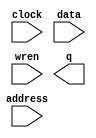
// megafunction wizard: %RAM: 1-PORT%VBB%
// GENERATION: STANDARD
// VERSION: WM1.0
// MODULE: altsyncram 

// ============================================================
// Megafunction Name(s):
// 			altsyncram
//
// Simulation Library Files(s):
// 			altera_mf
// ============================================================
// ************************************************************
// THIS IS A WIZARD-GENERATED FILE. DO NOT EDIT THIS FILE!
//
// 13.1.0 Build 162 10/23/2013 SJ Full Version
// ************************************************************

//Copyright (C) 1991-2013 Altera Corporation
//Your use of Altera Corporation's design tools, logic functions 
//and other software and tools, and its AMPP partner logic 
//functions, and any output files from any of the foregoing 
//(including device programming or simulation files), and any 
//associated documentation or information are expressly subject 
//to the terms and conditions of the Altera Program License 
//Subscription Agreement, Altera MegaCore Function License 
//Agreement, or other applicable license agreement, including, 
//without limitation, that your use is for the sole purpose of 
//programming logic devices manufactured by Altera and sold by 
//Altera or its authorized distributors.  Please refer to the 
//applicable agreement for further details.

module lpm_ram_dq_dram (
	address,
	clock,
	data,
	wren,
	q);

	input	[4:0]  address;
	input	  clock;
	input	[31:0]  data;
	input	  wren;
	output	[31:0]  q;
`ifndef ALTERA_RESERVED_QIS
// synopsys translate_off
`endif
	tri1	  clock;
`ifndef ALTERA_RESERVED_QIS
// synopsys translate_on
`endif

endmodule

// ============================================================
// CNX file retrieval info
// ============================================================
// Retrieval info: PRIVATE: ADDRESSSTALL_A NUMERIC "0"
// Retrieval info: PRIVATE: AclrAddr NUMERIC "0"
// Retrieval info: PRIVATE: AclrByte NUMERIC "0"
// Retrieval info: PRIVATE: AclrData NUMERIC "0"
// Retrieval info: PRIVATE: AclrOutput NUMERIC "0"
// Retrieval info: PRIVATE: BYTE_ENABLE NUMERIC "0"
// Retrieval info: PRIVATE: BYTE_SIZE NUMERIC "8"
// Retrieval info: PRIVATE: BlankMemory NUMERIC "0"
// Retrieval info: PRIVATE: CLOCK_ENABLE_INPUT_A NUMERIC "0"
// Retrieval info: PRIVATE: CLOCK_ENABLE_OUTPUT_A NUMERIC "0"
// Retrieval info: PRIVATE: Clken NUMERIC "0"
// Retrieval info: PRIVATE: DataBusSeparated NUMERIC "1"
// Retrieval info: PRIVATE: IMPLEMENT_IN_LES NUMERIC "0"
// Retrieval info: PRIVATE: INIT_FILE_LAYOUT STRING "PORT_A"
// Retrieval info: PRIVATE: INIT_TO_SIM_X NUMERIC "0"
// Retrieval info: PRIVATE: INTENDED_DEVICE_FAMILY STRING "Cyclone V"
// Retrieval info: PRIVATE: JTAG_ENABLED NUMERIC "0"
// Retrieval info: PRIVATE: JTAG_ID STRING "NONE"
// Retrieval info: PRIVATE: MAXIMUM_DEPTH NUMERIC "0"
// Retrieval info: PRIVATE: MIFfilename STRING "sc_datamem.mif"
// Retrieval info: PRIVATE: NUMWORDS_A NUMERIC "32"
// Retrieval info: PRIVATE: RAM_BLOCK_TYPE NUMERIC "0"
// Retrieval info: PRIVATE: READ_DURING_WRITE_MODE_PORT_A NUMERIC "3"
// Retrieval info: PRIVATE: RegAddr NUMERIC "1"
// Retrieval info: PRIVATE: RegData NUMERIC "1"
// Retrieval info: PRIVATE: RegOutput NUMERIC "0"
// Retrieval info: PRIVATE: SYNTH_WRAPPER_GEN_POSTFIX STRING "0"
// Retrieval info: PRIVATE: SingleClock NUMERIC "1"
// Retrieval info: PRIVATE: UseDQRAM NUMERIC "1"
// Retrieval info: PRIVATE: WRCONTROL_ACLR_A NUMERIC "0"
// Retrieval info: PRIVATE: WidthAddr NUMERIC "5"
// Retrieval info: PRIVATE: WidthData NUMERIC "32"
// Retrieval info: PRIVATE: rden NUMERIC "0"
// Retrieval info: LIBRARY: altera_mf altera_mf.altera_mf_components.all
// Retrieval info: CONSTANT: CLOCK_ENABLE_INPUT_A STRING "BYPASS"
// Retrieval info: CONSTANT: CLOCK_ENABLE_OUTPUT_A STRING "BYPASS"
// Retrieval info: CONSTANT: INIT_FILE STRING "sc_datamem.mif"
// Retrieval info: CONSTANT: INTENDED_DEVICE_FAMILY STRING "Cyclone V"
// Retrieval info: CONSTANT: LPM_HINT STRING "ENABLE_RUNTIME_MOD=NO"
// Retrieval info: CONSTANT: LPM_TYPE STRING "altsyncram"
// Retrieval info: CONSTANT: NUMWORDS_A NUMERIC "32"
// Retrieval info: CONSTANT: OPERATION_MODE STRING "SINGLE_PORT"
// Retrieval info: CONSTANT: OUTDATA_ACLR_A STRING "NONE"
// Retrieval info: CONSTANT: OUTDATA_REG_A STRING "UNREGISTERED"
// Retrieval info: CONSTANT: POWER_UP_UNINITIALIZED STRING "FALSE"
// Retrieval info: CONSTANT: READ_DURING_WRITE_MODE_PORT_A STRING "NEW_DATA_NO_NBE_READ"
// Retrieval info: CONSTANT: WIDTHAD_A NUMERIC "5"
// Retrieval info: CONSTANT: WIDTH_A NUMERIC "32"
// Retrieval info: CONSTANT: WIDTH_BYTEENA_A NUMERIC "1"
// Retrieval info: USED_PORT: address 0 0 5 0 INPUT NODEFVAL "address[4..0]"
// Retrieval info: USED_PORT: clock 0 0 0 0 INPUT VCC "clock"
// Retrieval info: USED_PORT: data 0 0 32 0 INPUT NODEFVAL "data[31..0]"
// Retrieval info: USED_PORT: q 0 0 32 0 OUTPUT NODEFVAL "q[31..0]"
// Retrieval info: USED_PORT: wren 0 0 0 0 INPUT NODEFVAL "wren"
// Retrieval info: CONNECT: @address_a 0 0 5 0 address 0 0 5 0
// Retrieval info: CONNECT: @clock0 0 0 0 0 clock 0 0 0 0
// Retrieval info: CONNECT: @data_a 0 0 32 0 data 0 0 32 0
// Retrieval info: CONNECT: @wren_a 0 0 0 0 wren 0 0 0 0
// Retrieval info: CONNECT: q 0 0 32 0 @q_a 0 0 32 0
// Retrieval info: GEN_FILE: TYPE_NORMAL lpm_ram_dq_dram.v TRUE
// Retrieval info: GEN_FILE: TYPE_NORMAL lpm_ram_dq_dram.inc FALSE
// Retrieval info: GEN_FILE: TYPE_NORMAL lpm_ram_dq_dram.cmp FALSE
// Retrieval info: GEN_FILE: TYPE_NORMAL lpm_ram_dq_dram.bsf FALSE
// Retrieval info: GEN_FILE: TYPE_NORMAL lpm_ram_dq_dram_inst.v FALSE
// Retrieval info: GEN_FILE: TYPE_NORMAL lpm_ram_dq_dram_bb.v TRUE
// Retrieval info: LIB_FILE: altera_mf